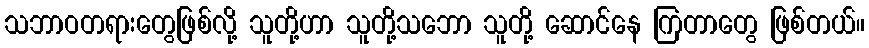
သဘာဝတရားတွေဖြစ်လို့ သူတို့ဟာ သူတို့သဘော သူတို့ ဆောင်နေ ကြတာတွေ ဖြစ်တယ်။